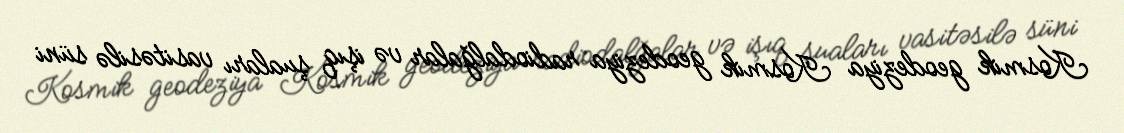
Kosmik geodeziya Kosmik geodeziya radiodalğalar və işıq şuaları vasitəsilə süni